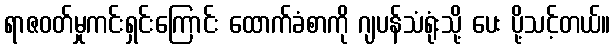
ရာဇဝတ်မှုကင်းရှင်းကြောင်း ထောက်ခံစာကို ဂျပန်သံရုံးသို့ ပေး ပို့သင့်တယ်။